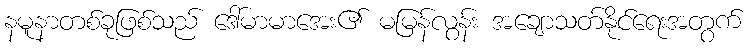
နမူနာတစ်ခုဖြစ်သည် ဒေါ်မာမာအေး၏ မမြန်လွန်း အချောသတ်နိုင်ရေးအတွက်